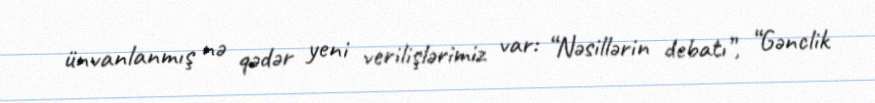
ünvanlanmış nə qədər yeni verilişlərimiz var: “Nəsillərin debatı”, “Gənclik